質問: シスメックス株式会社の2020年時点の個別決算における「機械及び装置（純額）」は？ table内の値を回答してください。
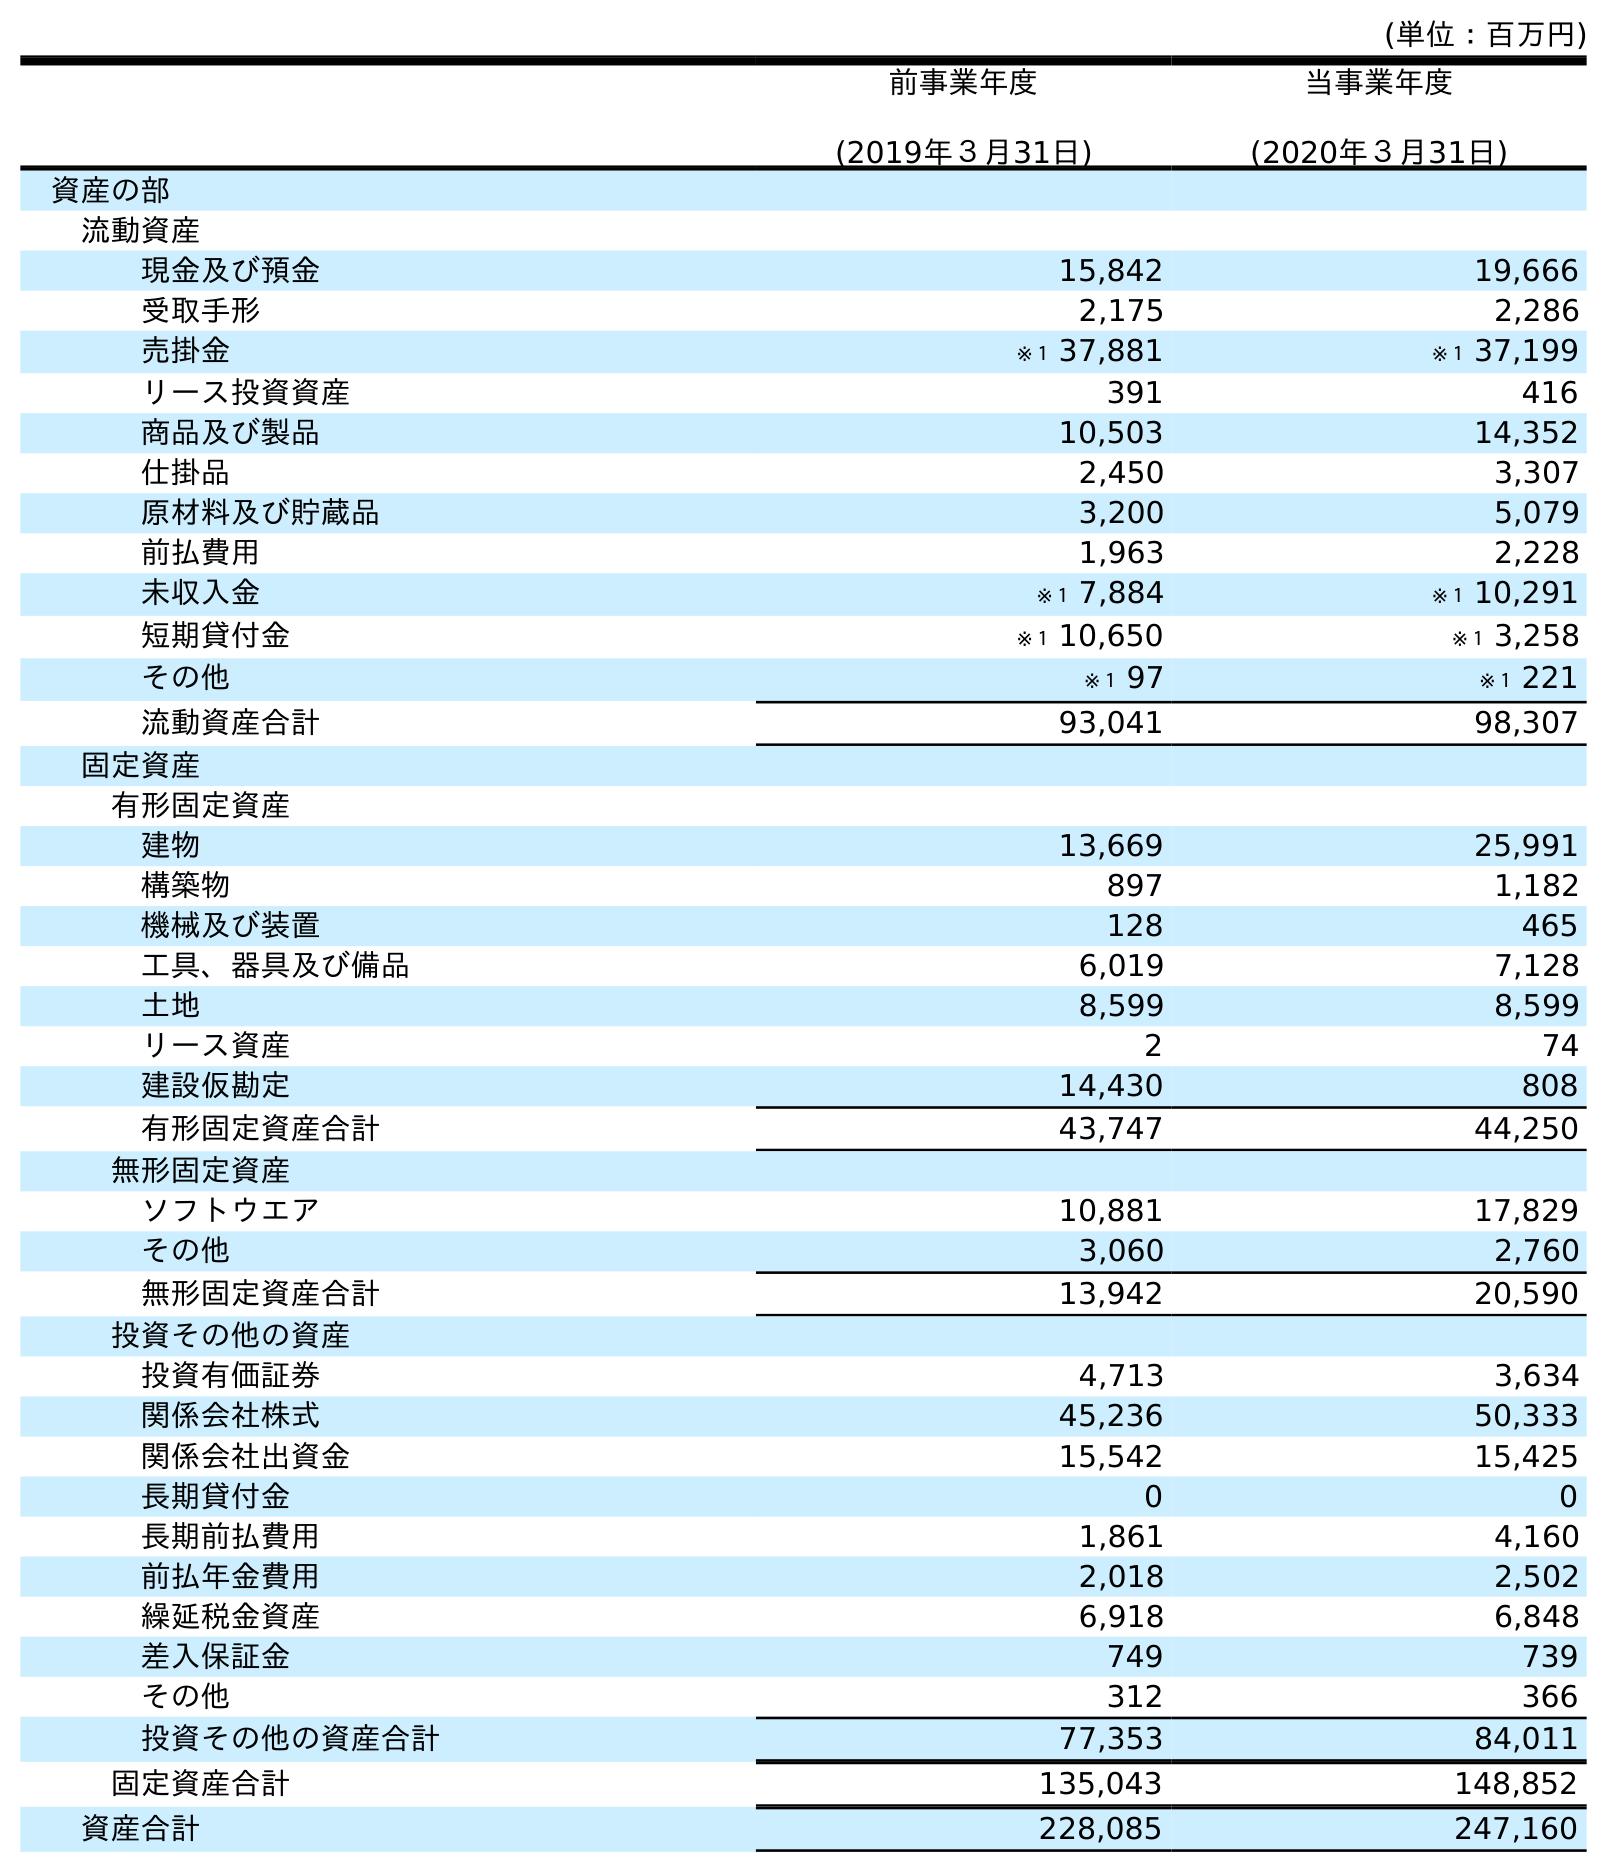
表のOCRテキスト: (単位：百万円) 前事業年度 (2019年３月31日) 当事業年度 (2020年３月31日) 資産の部 流動資産 現金及び預金 15,842 19,666 受取手形 2,175 2,286 売掛金 ※１ 37,881 ※１ 37,199 リース投資資産 391 416 商品及び製品 10,503 14,352 仕掛品 2,450 3,307 原材料及び貯蔵品 3,200 5,079 前払費用 1,963 2,228 未収入金 ※１ 7,884 ※１ 10,291 短期貸付金 ※１ 10,650 ※１ 3,258 その他 ※１ 97 ※１ 221 流動資産合計 93,041 98,307 固定資産 有形固定資産 建物 13,669 25,991 構築物 897 1,182 機械及び装置 128 465 工具、器具及び備品 6,019 7,128 土地 8,599 8,599 リース資産 2 74 建設仮勘定 14,430 808 有形固定資産合計 43,747 44,250 無形固定資産 ソフトウエア 10,881 17,829 その他 3,060 2,760 無形固定資産合計 13,942 20,590 投資その他の資産 投資有価証券 4,713 3,634 関係会社株式 45,236 50,333 関係会社出資金 15,542 15,425 長期貸付金 0 0 長期前払費用 1,861 4,160 前払年金費用 2,018 2,502 繰延税金資産 6,918 6,848 差入保証金 749 739 その他 312 366 投資その他の資産合計 77,353 84,011 固定資産合計 135,043 148,852 資産合計 228,085 247,160
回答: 465